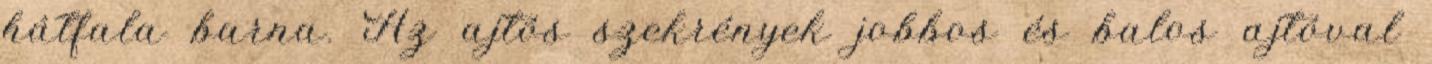
hátfala barna. Az ajtós szekrények jobbos és balos ajtóval